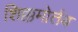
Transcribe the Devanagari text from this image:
शिक्कमोर्तब